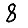
Digit: 8